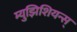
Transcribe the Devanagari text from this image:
म्युझिशियन्स्